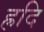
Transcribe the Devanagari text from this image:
ह्रदि